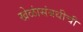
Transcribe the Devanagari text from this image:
खेळांसंबधीची